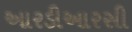
આરડીઆરસી